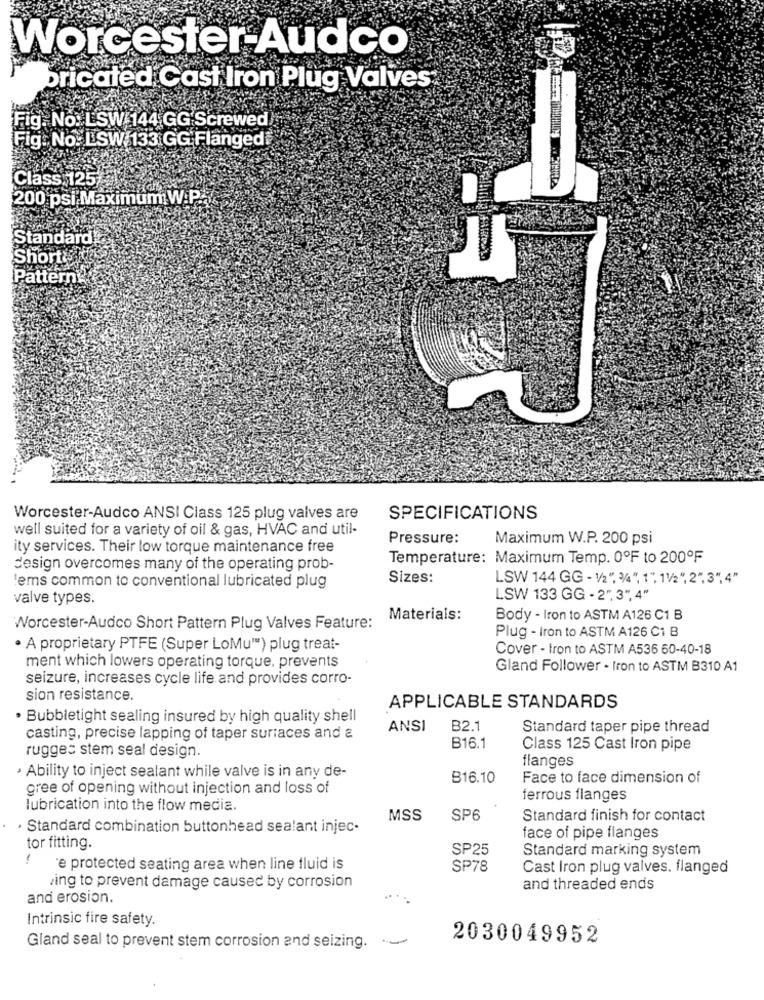
Worcester-Audco
bricated Cast Iron Plug Valves
Fig. No. LSW 144 GG Screwed
Fig. No: LSW 133 GG Flanged
Class 125
200 psi Maximum W.P.
Standard
Shortis
Pattern
Worcester-Audco ANSI Class 125 plug valves are
SPECIFICATIONS
well suited for a variety of oil & gas, HVAC and util-
Pressure:
Maximum W.P. 200 psi
ity services. Their low torque maintenance free
Temperature: Maximum Temp. 0ºF to 200ºF
design overcomes many of the operating prob-
Sizes:
LSW 144 GG - 12", 34", 1", 11/2", 2" 3", 4"
ems common to conventional lubricated plug
valve types.
LSW 133 GG - 2", 3"", 4"
Materials:
Body - Iron to ASTM A126 C1 B
Worcester-Audco Short Pattern Plug Valves Feature:
Plug - Iron to ASTM A126 C1 B
· A proprietary PTFE (Super LoMu") plug treat-
Cover - tron to ASTM A536 60-40-18
ment which lowers operating torque, prevents
Gland Follower - Iron to ASTM B310 A1
seizure, increases cycle life and provides corro-
sion resistance.
APPLICABLE STANDARDS
· Bubbletight sealing insured by high quality shell
ANSI
B2.1
Standard taper pipe thread
casting, precise lapping of taper surfaces and a
rugges stem seal design.
B16.1
Class 125 Cast Iron pipe
flanges
· Ability to inject sealant while valve is in any de-
B16.10
Face to face dimension of
gree of opening without injection and loss of
ferrous flanges
lubrication into the flow media.
MSS
SP6
Standard finish for contact
· Standard combination buttonhead sealant injec-
face of pipe flanges
tor fitting.
SP25
Standard marking system
1
'e protected seating area when line fluid is
SP78
Cast Iron plug valves. flanged
ing to prevent damage caused by corrosion
and threaded ends
and erosion.
Intrinsic fire safety.
2030049952
Gland seal to prevent stem corrosion and seizing. ~